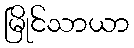
မြိုင်သာယာ